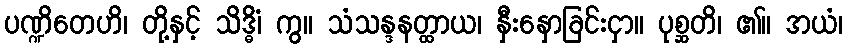
ပဏ္ဍိတေဟိ၊ တို့နှင့် သိဒ္ဓိံ၊ ကွ။ သံသန္ဒနတ္ထာယ၊ နှီးနှောခြင်းငှာ။ ပုစ္ဆတိ၊ ၏။ အယံ၊